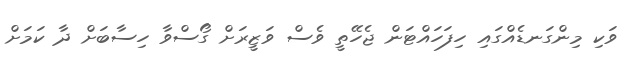
ވަކި މިންގަނޑެއްގައި ހިފަހައްޓަން ޖެހޭތީ ވެސް ވަޒީރަށް ގޯސްވާ ހިސާބަށް ދާ ކަމަށް